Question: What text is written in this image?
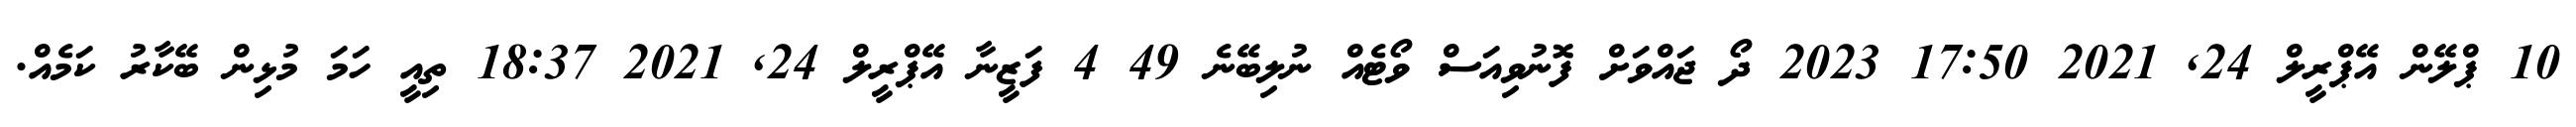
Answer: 10 ޕްލޭން އޭޕްރީލް 24, 2021 17:50 2023 ދޯ ޖައްވަށް ފޮނުވިއަސް ވޯޓެއް ނުލިބޭނެ 49 4 ފަޒީނާ އޭޕްރީލް 24, 2021 18:37 ތިއީ ހަމަ މުޅިން ބޭކާރު ކަމެއް.